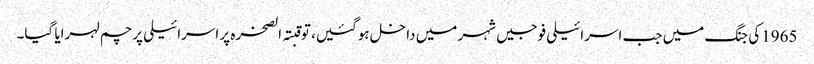
1965کی جنگ میں جب اسرائیلی فوجیں شہر میں داخل ہوگئیں، تو قبتہ الصخرہ پر اسرائیلی پرچم لہرایا گیا۔